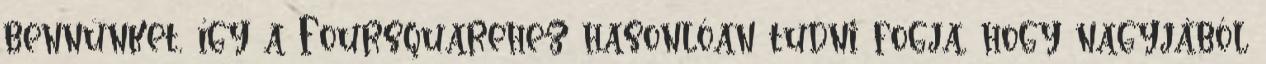
bennünket, így a Foursquarehez hasonlóan tudni fogja, hogy nagyjából